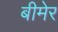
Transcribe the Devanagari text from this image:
बीमेर